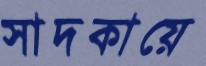
সাদকায়ে